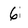
Character: 6